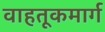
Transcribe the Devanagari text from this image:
वाहतूकमार्ग